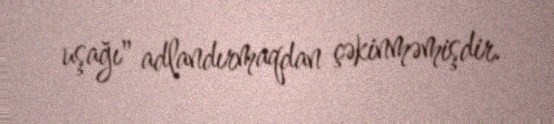
uşağı" adlandırmaqdan çəkinməmişdir.